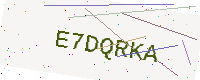
Text: E7DQRKA